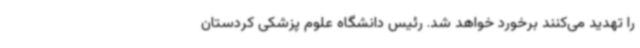
را تهدید می‌کنند برخورد خواهد شد. رئیس دانشگاه علوم پزشکی کردستان